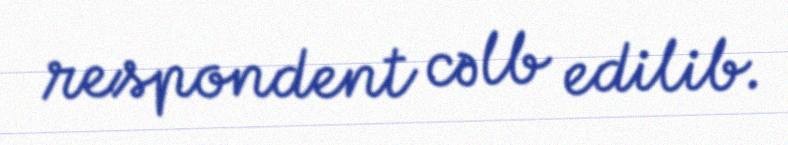
respondent cəlb edilib.